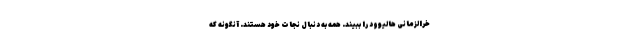
خرالزمانی هالیوود را ببیند. همه به دنبال نجات خود هستند. آنگونه که